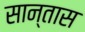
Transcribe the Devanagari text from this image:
सान्तास